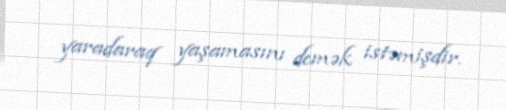
yaradaraq yaşamasını demək istəmişdir.